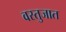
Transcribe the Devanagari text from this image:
वस्तुजात